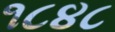
૧૮૪૮